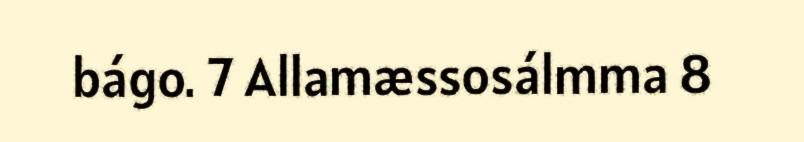
bágo. 7 Allamæssosálmma 8